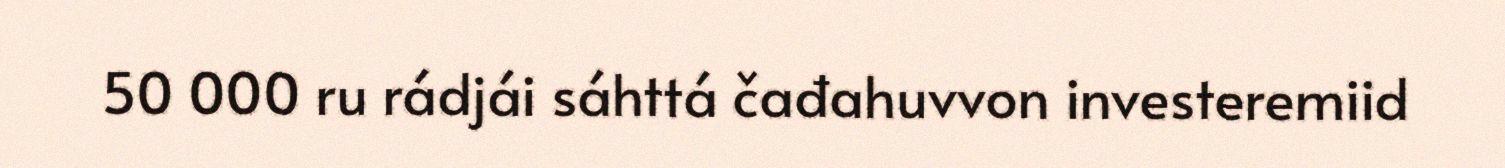
50 000 ru rádjái sáhttá čađahuvvon investeremiid